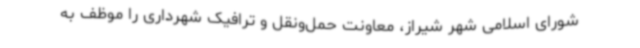
شورای اسلامی شهر شیراز، معاونت حمل‌ونقل و ترافیک شهرداری را موظف به